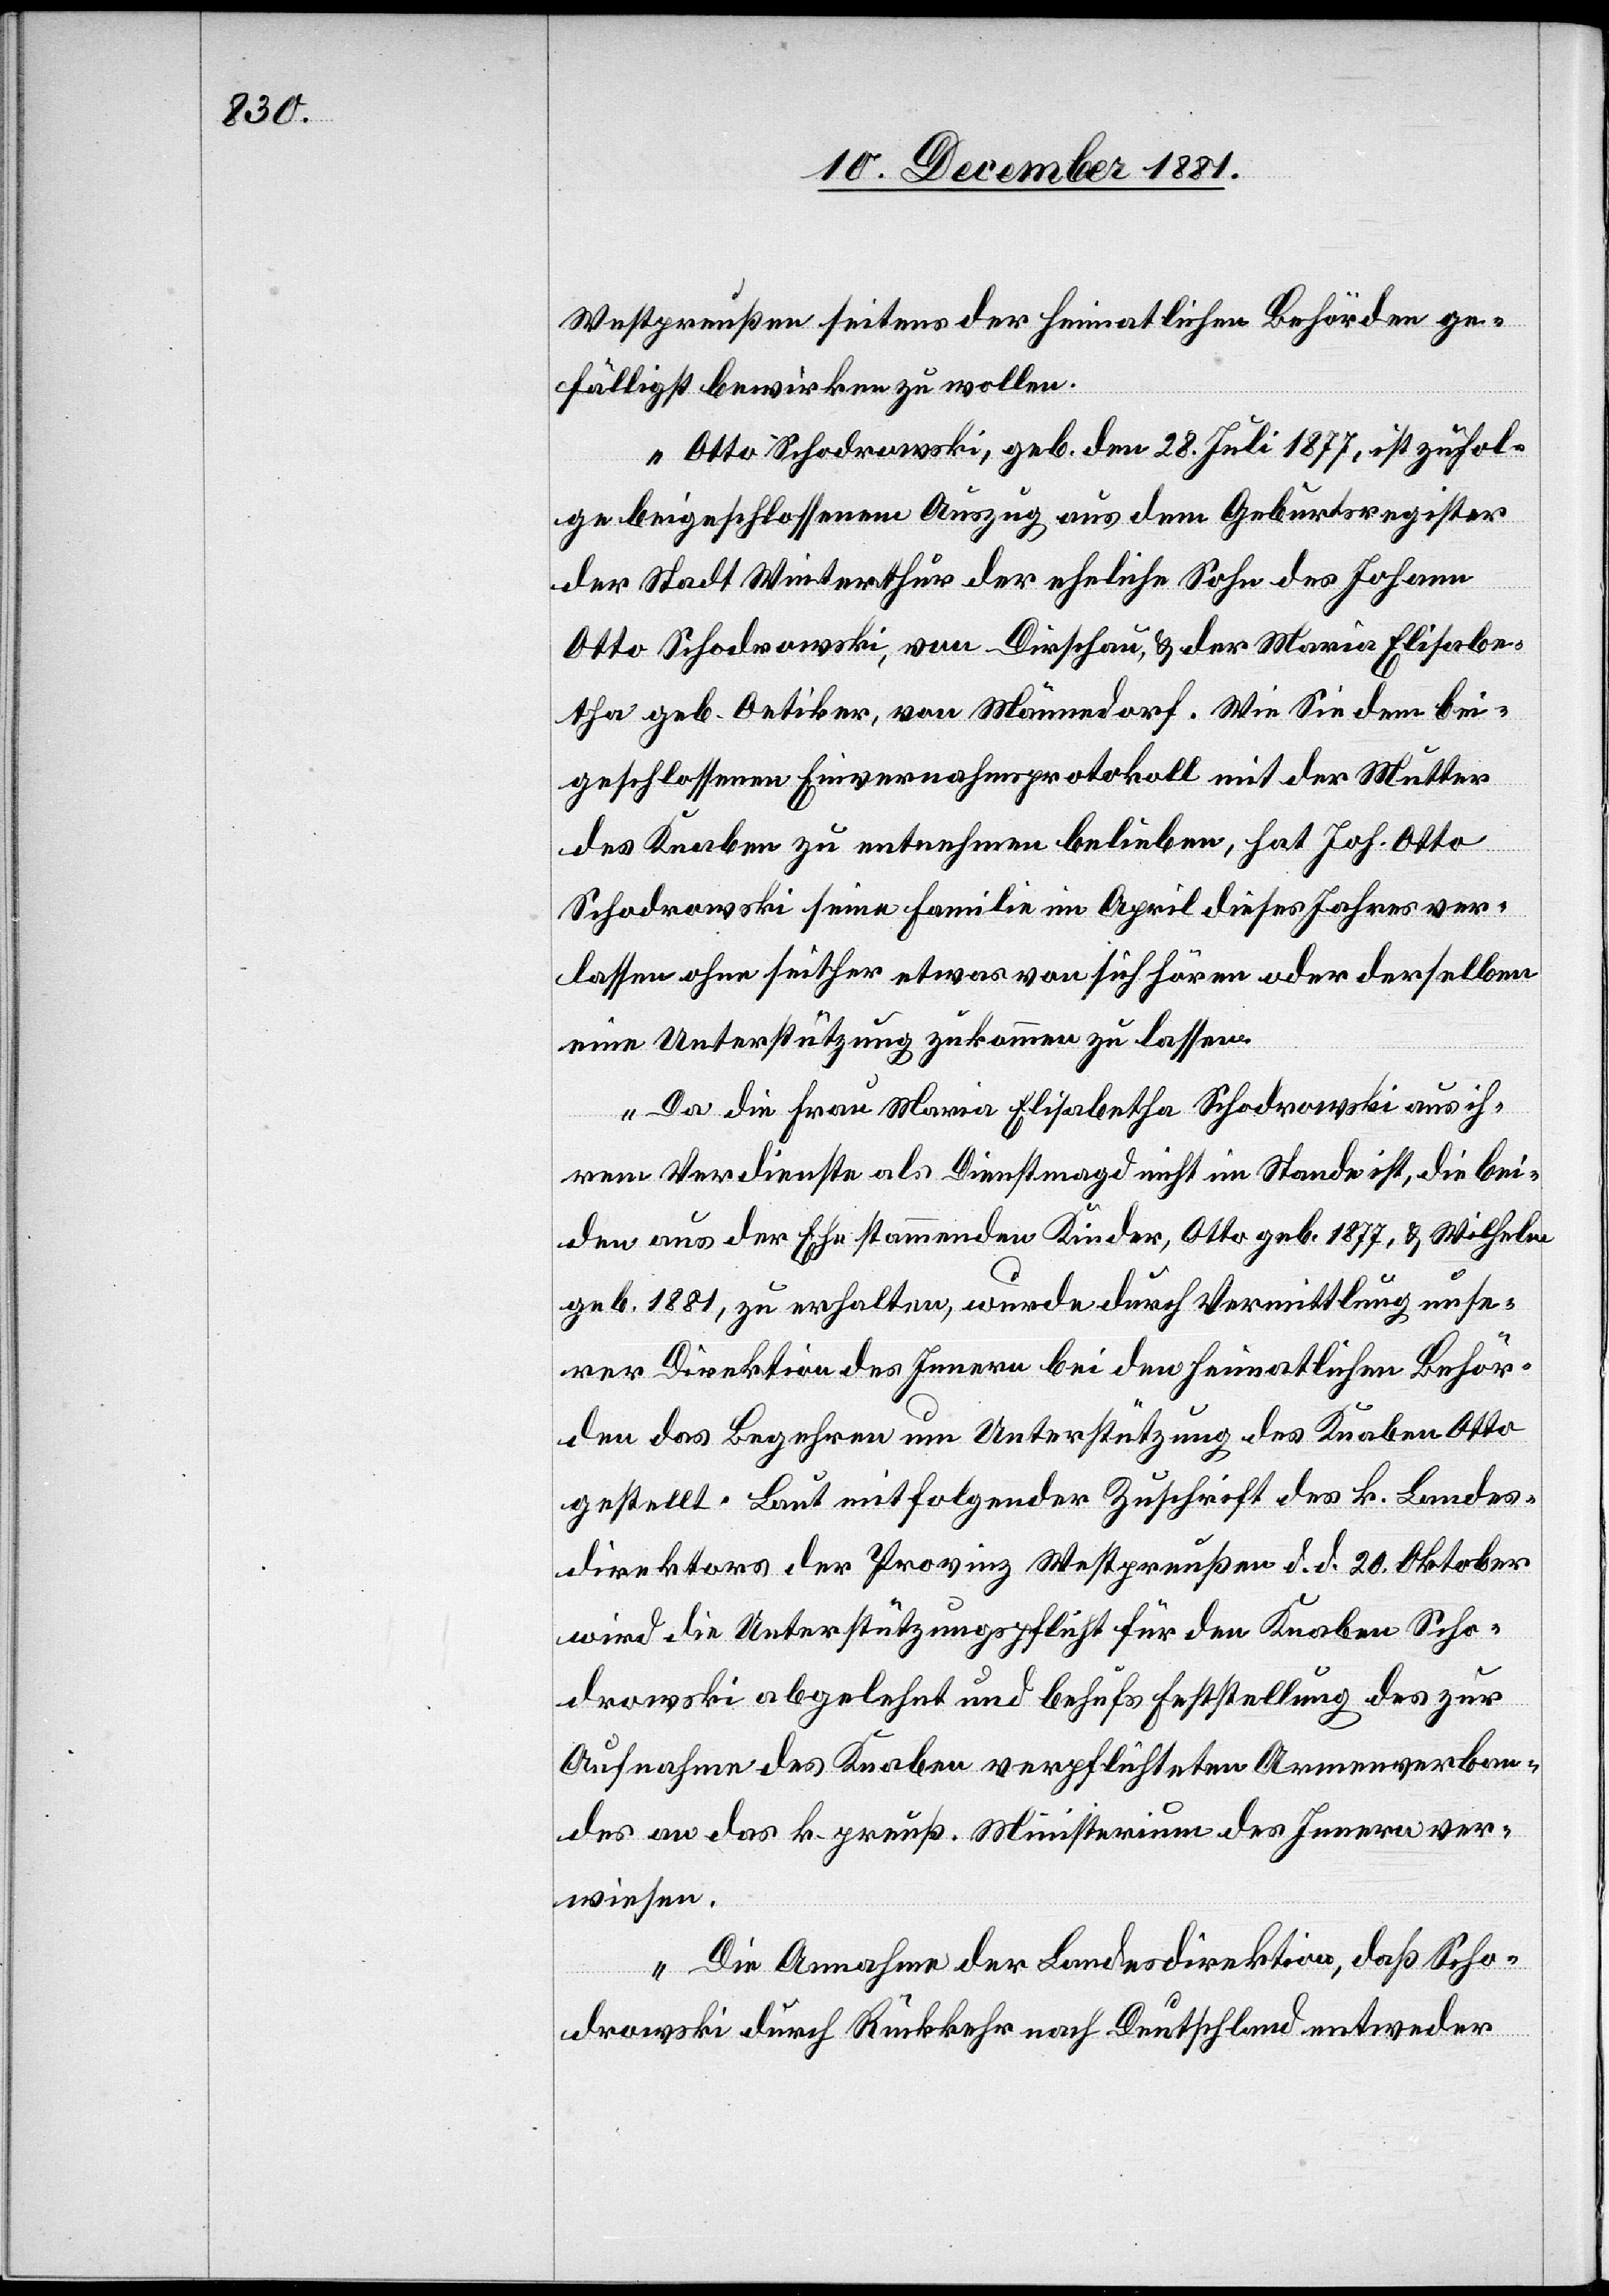
Westpreußen seitens der heimatlichen Behörden ge¬
fälligst bewirken zu wollen.
Otto Schodrowski, geb. den 28. Juli 1877, ist zufol¬
ge beigeschlossenem Auszug aus dem Geburtsregister
der Stadt Winterthur der eheliche Sohn des Johann
Otto Schodrowski, von Dirschau, & der Maria Elisabe¬
tha geb. Oetiker, von Männedorf. Wie Sie dem bei¬
geschlossenen Einvernahmsprotokoll mit der Mutter
der Knaben zu entnehmen belieben, hat Joh. Otto
Schodrowski seine Familie im April dieses Jahres ver¬
lassen ohne seither etwas von sich hören oder derselben
eine Unterstützung zukommen zu lassen.
Da die Frau Maria Elisabetha Schodrowski aus ih¬
rem Verdienste als Dienstmagd nicht im Stande ist, die bei¬
den aus der Ehe stammenden Kinder, Otto geb. 1877, & Wilhelm
geb. 1881, zu erhalten, wurde durch Vermittlung unse¬
rer Direktion des Innern bei den heimatlichen Behör¬
den das Begehren um Unterstützung des Knaben Otto
gestellt. Laut mitfolgender Zuschrift des k. Bundes¬
direktors der Provinz Westpreußen d. d. 20. Oktober
wird die Unterstützungspflicht für den Knaben Scho¬
drowski abgelehnt und behufs Feststellung des zur
Aufnahme des Knaben verpflichteten Armenverban¬
des an das k. preuß. Ministerium des Innern ver¬
wiesen.
Die Annahme der Landesdirektion, daß Scho¬
drowski durch Rückkehr nach Deutschland entweder